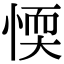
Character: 愞